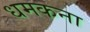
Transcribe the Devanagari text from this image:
धमकना